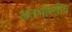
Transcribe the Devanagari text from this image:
अंतर्भारतीय